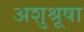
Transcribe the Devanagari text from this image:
अशुश्रूषा